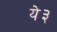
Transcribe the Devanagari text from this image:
ये३